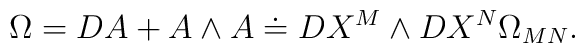
\Omega =DA + A \wedge A \doteq DX^M \wedge DX^N \Omega _{MN} .